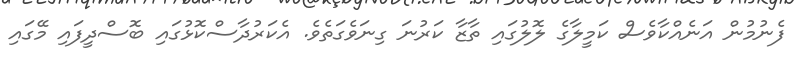
ފެނުމުން އަނެއްކާވެސް ކަމީލާގެ ލޮލުގައި ތާޒާ ކަރުނަ ގިނަވެގަތެވެ. އެކަރުދާސްކޮޅުގައި ބޮސްދީފައި މޭގައި